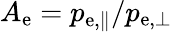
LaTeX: A_{\mathrm{e}}=p_{\mathrm{e},\parallel}/p_{\mathrm{e},\perp}